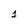
Character: 1